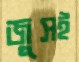
জুসই